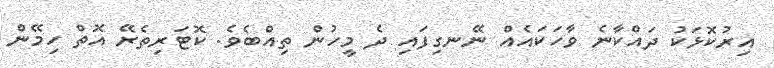
އިރުކޮޅަކު ދައްކާނެ ވާހަކައެއް ނޭނގިފައި ދެ މީހުން ތިއްބެވެ. ކޮޓަރިތެރޭ އޮތް ހިމޭން